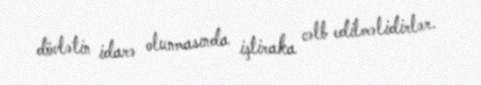
dövlətin idarə olunmasında iştiraka cəlb edilməlidirlər.